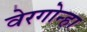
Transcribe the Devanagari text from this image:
वेरगोन्हा